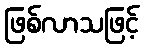
ဖြစ်လာသဖြင့်